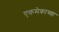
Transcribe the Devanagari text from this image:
एकमेकाच्या